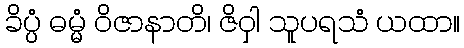
ခိပ္ပံ ဓမ္မံ ဝိဇာနာတိ၊ ဇိဝှါ သူပရသံ ယထာ။